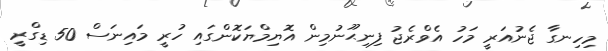
މިހިނގާ ޖެނުއަރީ މަހު އެވްރެޖު ފިނިޙޫނުމިން އޮޔިމްޔަކޮންގައި ހުރީ މައިނަސް 50 ޑިގްރީ